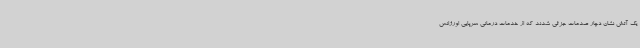
یک آتش نشان دچار صدمات جزئی شدند که از خدمات درمانی سرپایی اورژانس